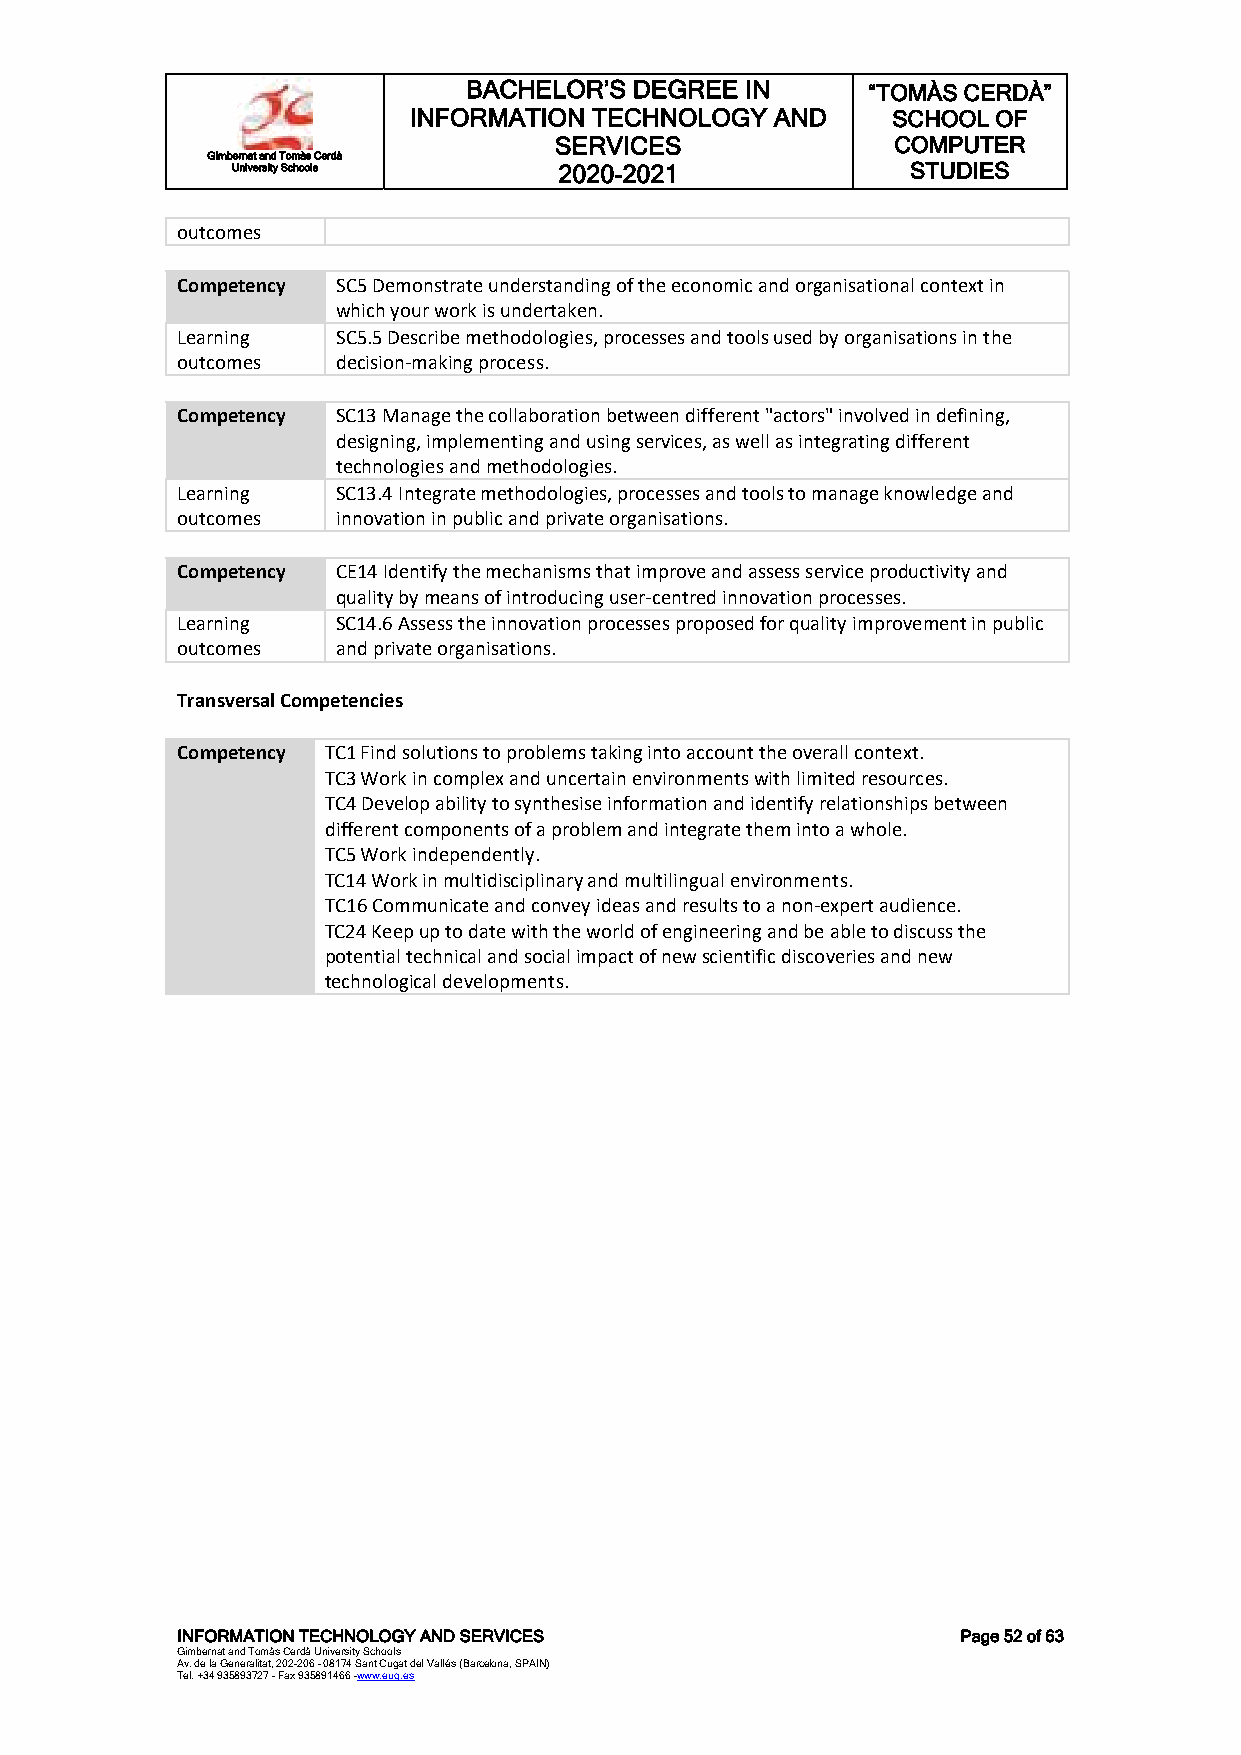
BACHELOR’S DEGREE IN      “TOMÀS CERDÀ”
 INFORMATION TECHNOLOGY  AND     SCHOOL OF
 SERVICES              COMPUTER
 Gimbernat and Tomàs Cerdà
 University Schools    2020-2021              STUDIES
 outcomes
 Competency SC5 Demonstrate understanding of the economic and organisational context in
 which your work is undertaken.
 Learning  SC5.5 Describe methodologies, processes and tools used by organisations in the
 outcomes  decision-making process.
 Competency SC13 Manage the collaboration between different "actors" involved in defining,
 designing, implementing and using services, as well as integrating different
 technologies and methodologies.
 Learning  SC13.4 Integrate methodologies, processes and tools to manage knowledge and
 outcomes  innovation in public and private organisations.
 Competency CE14 Identify the mechanisms that improve and assess service productivity and
 quality by means of introducing user-centred innovation processes.
 Learning  SC14.6 Assess the innovation processes proposed for quality improvement in public
 outcomes  and private organisations.
 Transversal Competencies
 Competency TC1 Find solutions to problems taking into account the overall context.
 TC3 Work in complex and uncertain environments with limited resources.
 TC4 Develop ability to synthesise information and identify relationships between
 different components of a problem and integrate them into a whole.
 TC5 Work independently.
 TC14 Work in multidisciplinary and multilingual environments.
 TC16 Communicate and convey ideas and results to a non-expert audience.
 TC24 Keep up to date with the world of engineering and be able to discuss the
 potential technical and social impact of new scientific discoveries and new
 technological developments.
 INFORMATION TECHNOLOGY AND SERVICES                 Page 52 of 63
 Gimbernat and Tomàs Cerdà University Schools
 Av. de la Generalitat, 202-206 - 08174 Sant Cugat del Vallés (Barcelona, SPAIN)
 Tel. +34 935893727 - Fax 935891466 -www.eug.es